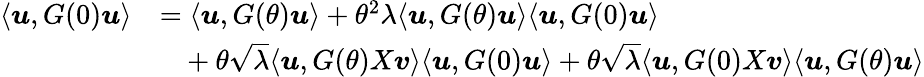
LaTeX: \begin{array}{rl}{\langle{\boldsymbol u},G(0){\boldsymbol u}\rangle}&{=\langle{\boldsymbol u},G(\theta){\boldsymbol u}\rangle+\theta^{2}\lambda\langle{\boldsymbol u},G(\theta){\boldsymbol u}\rangle\langle{\boldsymbol u},G(0){\boldsymbol u}\rangle}\\ &{~~~+\theta\sqrt{\lambda}\langle{\boldsymbol u},G(\theta)X{\boldsymbol v}\rangle\langle{\boldsymbol u},G(0){\boldsymbol u}\rangle+\theta\sqrt{\lambda}\langle{\boldsymbol u},G(0)X{\boldsymbol v}\rangle\langle{\boldsymbol u},G(\theta){\boldsymbol u}\rangle}\end{array}